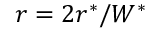
r = 2 r ^ { * } / W ^ { * }